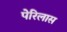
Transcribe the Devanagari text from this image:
पेरिलास